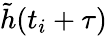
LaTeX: \tilde{h}(t_{i}+\tau)